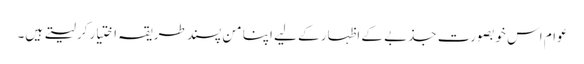
عوام اس خوبصورت جذبے کے اظہار کے لیے اپنا من پسند طریقہ اختیارکر لیتے ہیں۔